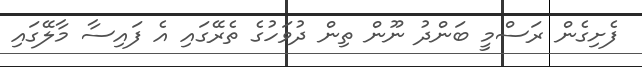
ފެށިގެން ރަސްމީ ބަންދު ނޫން ތިން ދުވަހުގެ ތެރޭގައި އެ ފައިސާ މާލޭގައި